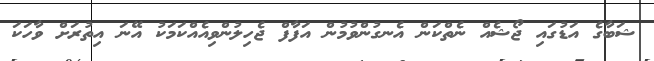
ޝަބާގެ އަޑުގައި ޖޯޝެއް ނެތްކަން އެނގުންވުމުން އަފާފް ޖެހިލުންވިއެއްކަމަކު އޭނަ އިތުރަށް ވާހަކަ